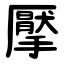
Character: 擪